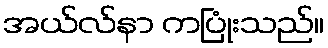
အယ်လ်နာ ကပြုံးသည်။